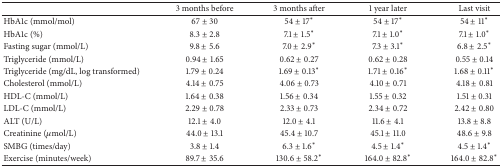
<table><thead><tr><td><b> </b></td><td><b>3 months before</b></td><td><b>3 months after</b></td><td><b>1 year later</b></td><td><b>Last visit</b></td></tr></thead><tbody><tr><td>HbA1c (mmol/mol) </td><td>67 ± 30</td><td>54 ± 17<sup>*</sup></td><td>54 ± 17<sup>*</sup></td><td>54 ± 11<sup>*</sup></td></tr><tr><td>HbA1c (%)</td><td>8.3 ± 2.8</td><td>7.1 ± 1.5<sup>*</sup></td><td>7.1 ± 1.0<sup>*</sup></td><td>7.1 ± 1.0<sup>*</sup></td></tr><tr><td>Fasting sugar (mmol/L)</td><td>9.8 ± 5.6</td><td>7.0 ± 2.9<sup>*</sup></td><td>7.3 ± 3.1<sup>*</sup></td><td>6.8 ± 2.5<sup>*</sup></td></tr><tr><td>Triglyceride (mmol/L)</td><td>0.94 ± 1.65</td><td>0.62 ± 0.27</td><td>0.62 ± 0.28</td><td>0.55 ± 0.14</td></tr><tr><td>Triglyceride (mg/dL, log transformed)</td><td>1.79 ± 0.24</td><td>1.69 ± 0.13<sup>*</sup></td><td>1.71 ± 0.16<sup>*</sup></td><td>1.68 ± 0.11<sup>*</sup></td></tr><tr><td>Cholesterol (mmol/L)</td><td>4.14 ± 0.75</td><td>4.06 ± 0.73</td><td>4.10 ± 0.71</td><td>4.18 ± 0.81</td></tr><tr><td>HDL-C (mmol/L)</td><td>1.64 ± 0.38</td><td>1.56 ± 0.34</td><td>1.55 ± 0.32</td><td>1.51 ± 0.31</td></tr><tr><td>LDL-C (mmol/L)</td><td>2.29 ± 0.78</td><td>2.33 ± 0.73</td><td>2.34 ± 0.72</td><td>2.42 ± 0.80</td></tr><tr><td>ALT (U/L)</td><td>12.1 ± 4.0</td><td>12.0 ± 4.1</td><td>11.6 ± 4.1</td><td>13.8 ± 8.8</td></tr><tr><td>Creatinine (<i>μ</i>mol/L)</td><td>44.0 ± 13.1</td><td>45.4 ± 10.7</td><td>45.1 ± 11.0</td><td>48.6 ± 9.8</td></tr><tr><td>SMBG (times/day)</td><td>3.8 ± 1.4</td><td>6.3 ± 1.6<sup>*</sup></td><td>4.5 ± 1.4<sup>*</sup></td><td>4.5 ± 1.4<sup>*</sup></td></tr><tr><td>Exercise (minutes/week)</td><td>89.7 ± 35.6</td><td>130.6 ± 58.2<sup>*</sup></td><td>164.0 ± 82.8<sup>*</sup></td><td>164.0 ± 82.8<sup>*</sup></td></tr></tbody></table>